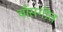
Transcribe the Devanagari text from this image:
बाँसगीत